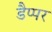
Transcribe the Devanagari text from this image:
डैप्पर